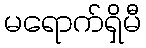
မရောက်ရှိမီ